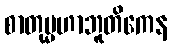
စာတုမ္မဟာဘူတိကေန